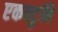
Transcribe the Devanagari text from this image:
एकवटुनि